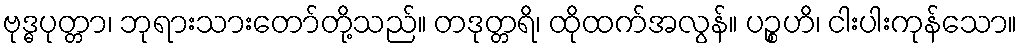
ဗုဒ္ဓပုတ္တာ၊ ဘုရားသားတော်တို့သည်။ တဒုတ္တရိ၊ ထိုထက်အလွန်။ ပဉ္စဟိ၊ ငါးပါးကုန်သော။